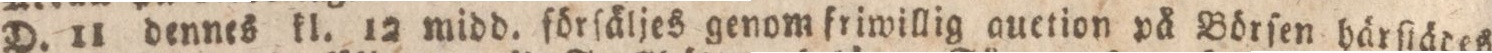
D. 11 dennes kl. 12 midd. förſäljes genom friwillig auetion på Börſen härſtädes